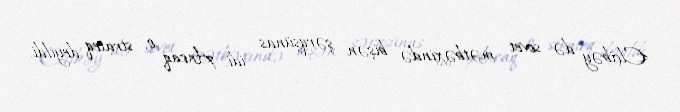
Elçibəy də sovet mətbəxində bişən şərqşünas idi. Ancaq o, strateq deyildi,